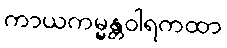
ကာယကမ္မန္တဝါရကထာ